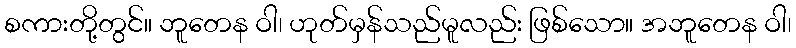
စကားတို့တွင်။ ဘူတေန ဝါ၊ ဟုတ်မှန်သည်မူလည်း ဖြစ်သော။ အဘူတေန ဝါ၊